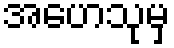
အဟေသုမှ